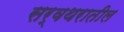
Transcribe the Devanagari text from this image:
सर्वथरातील